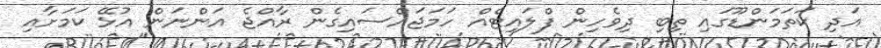
އަދި ކަތަމަންޑޫގައި ތިބި ދިވެހިން ފްލައިޓެއް ހަމަޖައްސައިގެން ރާއްޖެ އަންނަން އުޅޭ ކަމަށާއި